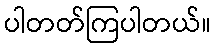
ပါတတ်ကြပါတယ်။